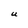
Character: U